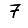
Digit: 7